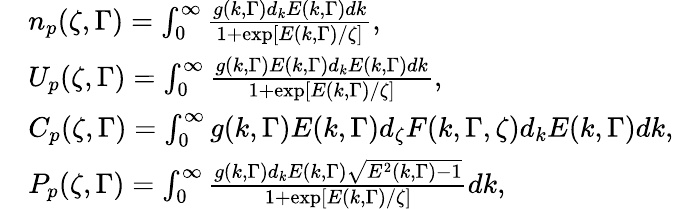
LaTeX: \begin{array}{rl}&{{n_{p}}(\zeta,\Gamma)=\int_{0}^{\infty}{\frac{{g(k,\Gamma){d_{k}}E(k,\Gamma)dk}}{{1+\exp[E(k,\Gamma)/\zeta]}}},}\\ &{U_{p}(\zeta,\Gamma)=\int_{0}^{\infty}{\frac{{{g(k,\Gamma)}{E(k,\Gamma)}{d_{k}}{E(k,\Gamma)}dk}}{{1+\exp[{E(k,\Gamma)}/\zeta]}}},}\\ &{C_{p}(\zeta,\Gamma)=\int_{0}^{\infty}{g(k,\Gamma)E(k,\Gamma){d_{\zeta}}F(k,\Gamma,\zeta){d_{k}}E(k,\Gamma)dk},}\\ &{P_{p}(\zeta,\Gamma)=\int_{0}^{\infty}{\frac{{g(k,\Gamma){d_{k}}E(k,\Gamma)\sqrt{{E^{2}}(k,\Gamma)-1}}}{{1+\exp[E(k,\Gamma)/\zeta]}}}dk,}\end{array}